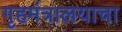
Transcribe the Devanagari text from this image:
गृहमंत्रालयाचा